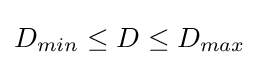
D_{min}\leq D\leq D_{max}